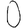
Digit: 0